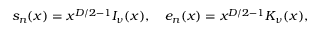
s _ { n } ( x ) = x ^ { D / 2 - 1 } I _ { \nu } ( x ) , \quad e _ { n } ( x ) = x ^ { D / 2 - 1 } K _ { \nu } ( x ) ,